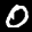
Label: 0